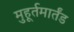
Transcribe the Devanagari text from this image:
मुहूर्तमार्तंड